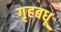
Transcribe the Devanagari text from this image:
गृहबधू